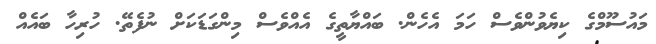
މައުސޫމްގެ ކިޔެވުންވެސް ހަމަ އެހެން. ބައްޔާތީގެ އެއްވެސް މިންގަޑަކަށް ނުފެތޭ. ހުރިހާ ބައެއް